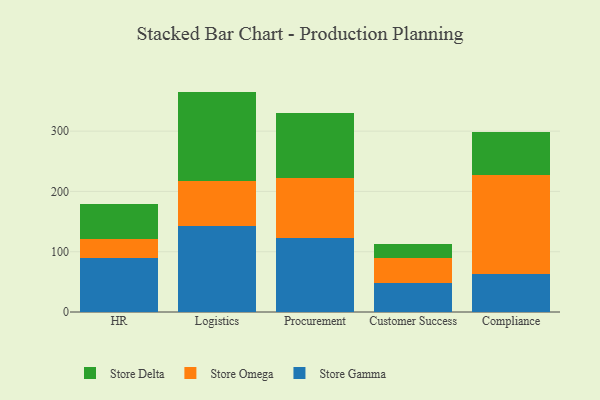
{"axis": {"x": "Department", "y": "LTV (USD)"}, "legend": ["Store Delta", "Store Gamma", "Store Omega"], "data": [{"x": "HR", "y": 90.0, "type": "Store Gamma"}, {"x": "HR", "y": 31.9, "type": "Store Omega"}, {"x": "HR", "y": 56.5, "type": "Store Delta"}, {"x": "Logistics", "y": 142.8, "type": "Store Gamma"}, {"x": "Logistics", "y": 74.5, "type": "Store Omega"}, {"x": "Logistics", "y": 148.3, "type": "Store Delta"}, {"x": "Procurement", "y": 122.7, "type": "Store Gamma"}, {"x": "Procurement", "y": 98.8, "type": "Store Omega"}, {"x": "Procurement", "y": 108.0, "type": "Store Delta"}, {"x": "Customer Success", "y": 48.9, "type": "Store Gamma"}, {"x": "Customer Success", "y": 39.9, "type": "Store Omega"}, {"x": "Customer Success", "y": 23.6, "type": "Store Delta"}, {"x": "Compliance", "y": 62.8, "type": "Store Gamma"}, {"x": "Compliance", "y": 163.8, "type": "Store Omega"}, {"x": "Compliance", "y": 72.3, "type": "Store Delta"}]}